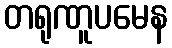
တရုဏူပမေန